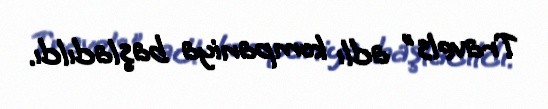
Travels" adlı kompaniya başladıldı.